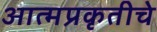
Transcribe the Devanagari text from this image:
आत्मप्रकृतीचे